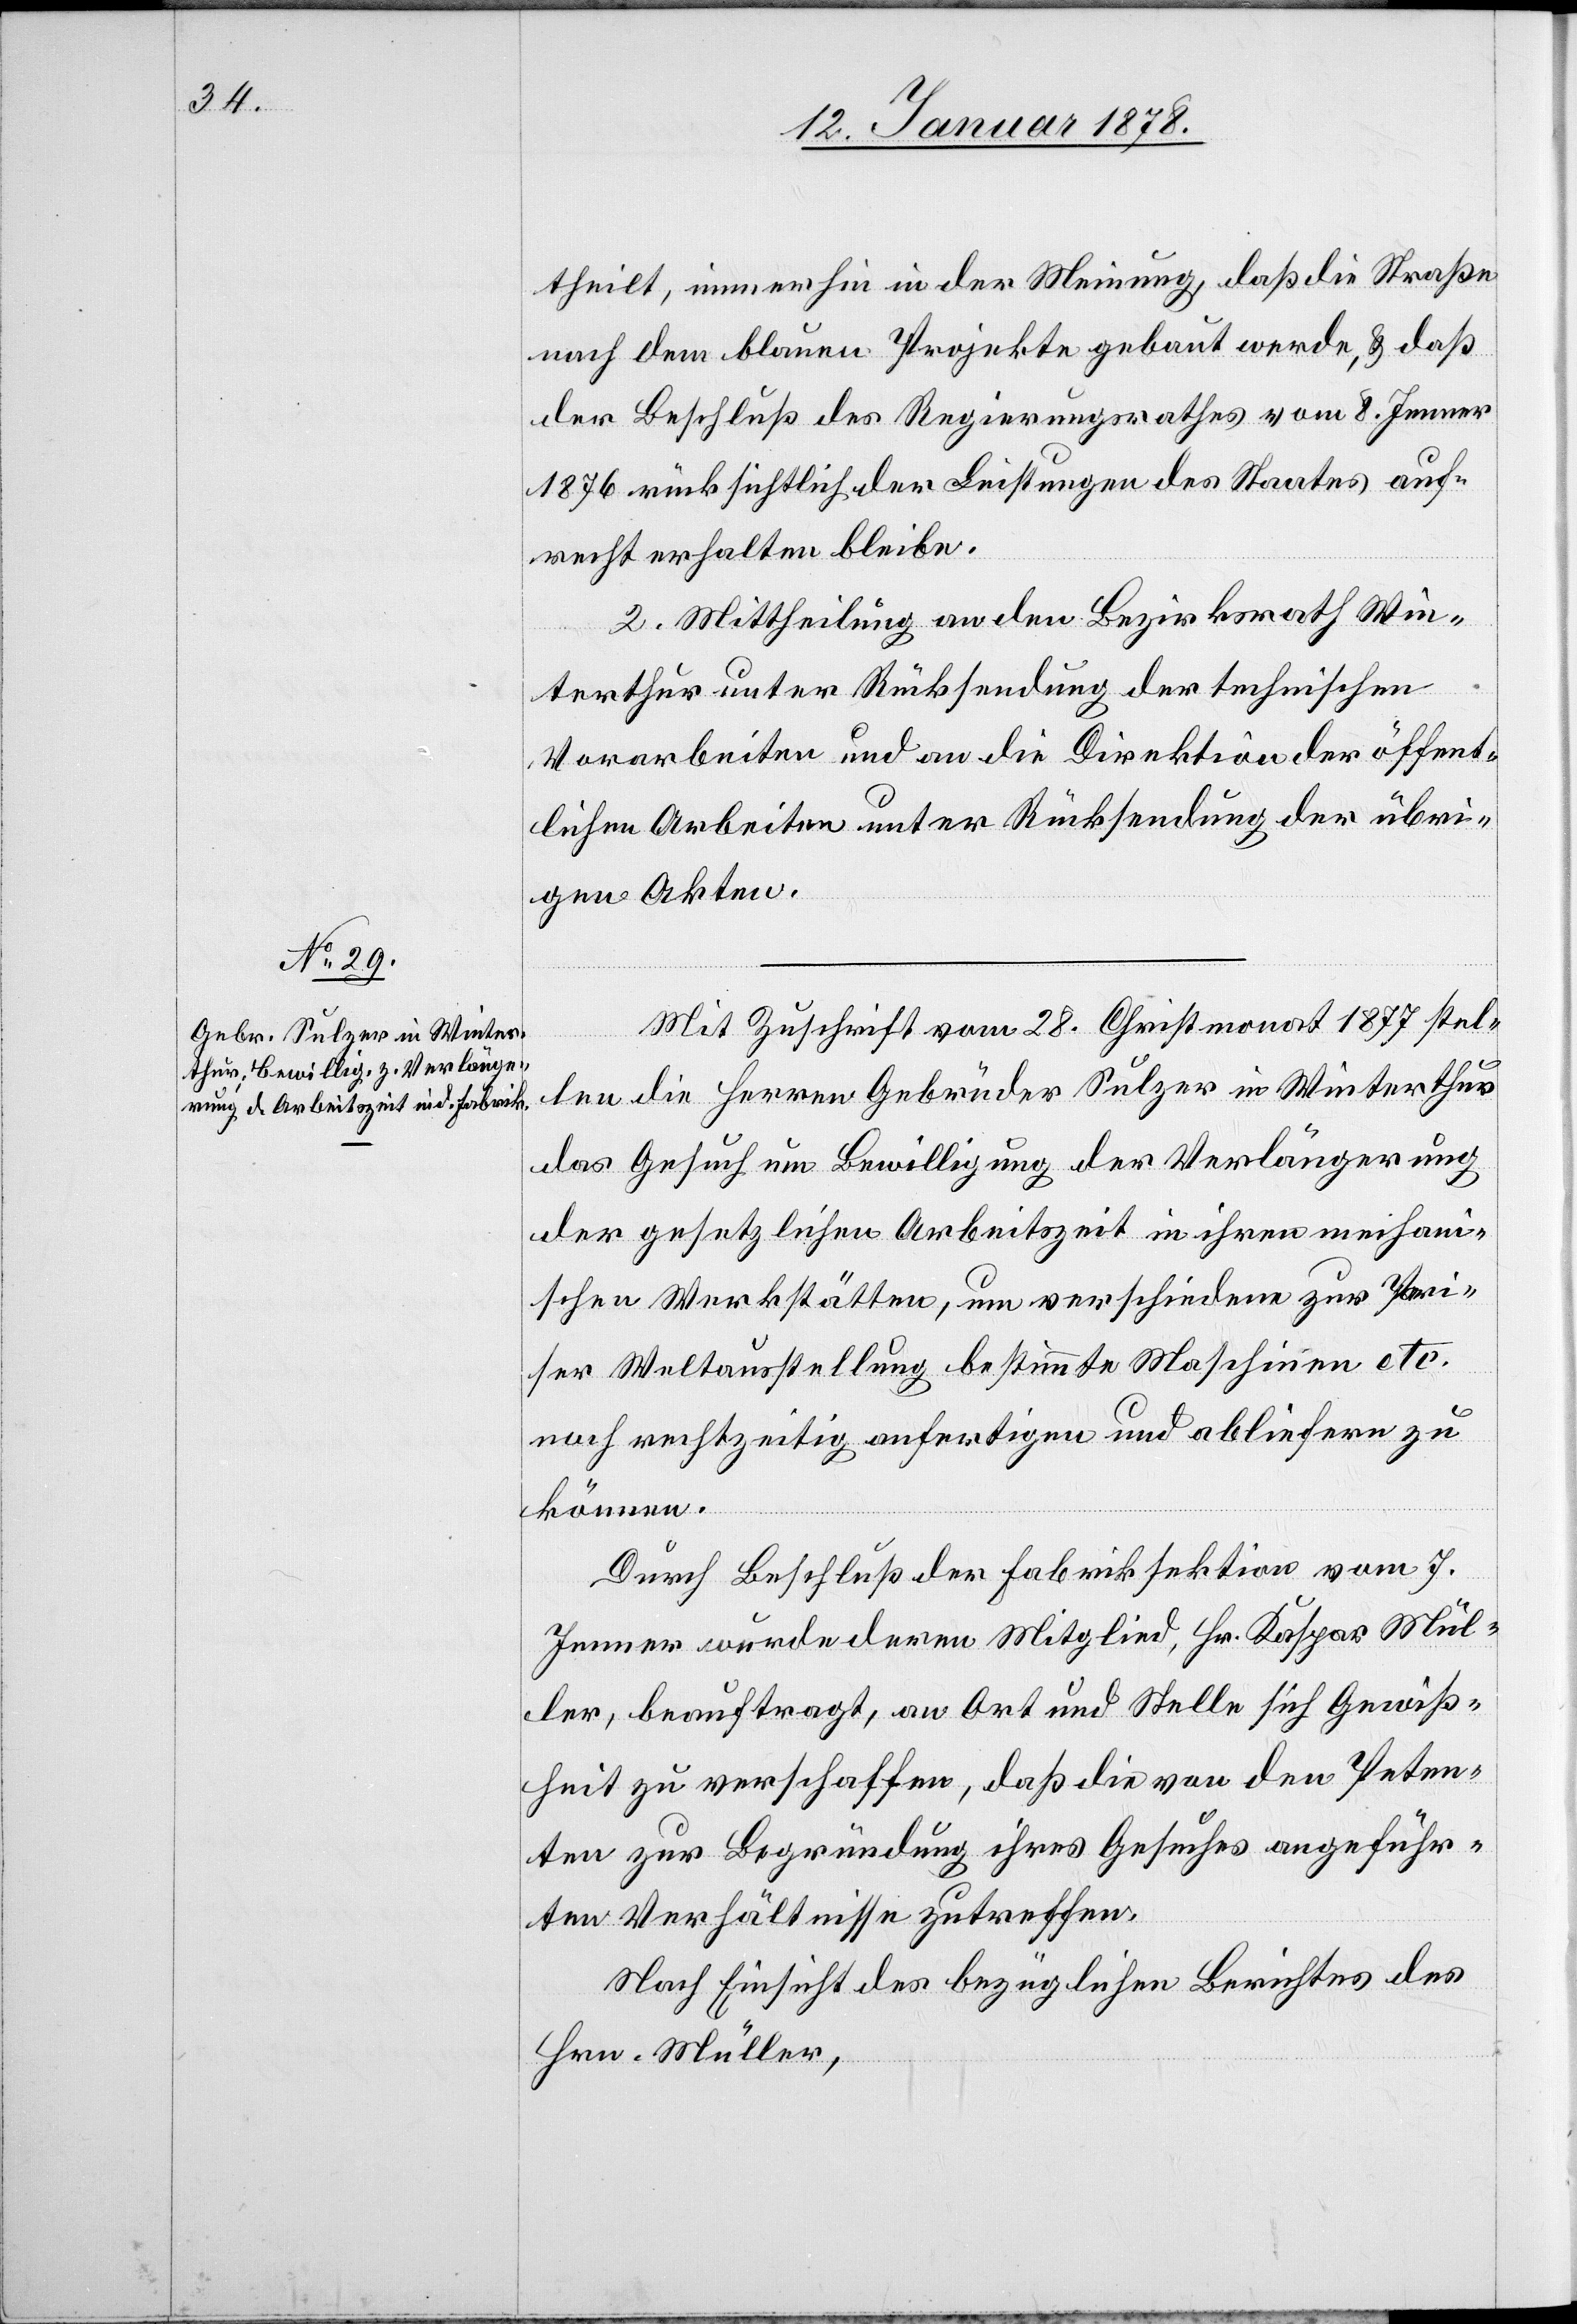
theilt, immerhin in der Meinung, daß die Straße
nach dem blauen Projekte gebaut werde, & daß
der Beschluß des Regierungsrathes vom 8. Jenner
1876 rücksichtlich der Leistungen des Staates auf¬
recht erhalten bleibe.
2. Mittheilung an den Bezirksrath Win¬
terthur unter Rücksendung der technischen
Vorarbeiten und an die Direktion der öffent¬
lichen Arbeiten unter Rücksendung der übri¬
gen Akten.
Mit Zuschrift vom 28. Christmonat 1877 stel¬
len die Herren Gebrüder Sulzer in Winterthur
das Gesuch um Bewilligung der Verlängerung
der gesetzlichen Arbeitszeit in ihren mechan¬
ischen Werkstätten, um verschiedene zur Pari¬
ser Weltausstellung bestimmte Maschinen etc.
noch rechtzeitig anfertigen und abliefern zu
können.
Durch Beschluß der Fabriksektion vom 7.
Jenner wurde deren Mitglied, Hr. Kaspar Mül¬
ler, beauftragt, an Ort und Stelle, sich Gewiß¬
heit zu verschaffen, daß die von dem Peten¬
ten zur Begründung ihres Gesuches angeführ¬
ten Verhältnisse zutreffen.
Nach Einsicht des bezüglichen Berichtes des
Hrn. Müller,